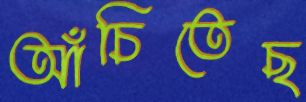
আঁচিতেছ